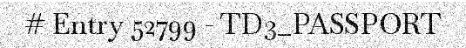
# Entry 52799 - TD3_PASSPORT